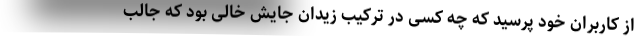
از کاربران خود پرسید که چه کسی در ترکیب زیدان جایش خالی بود که جالب